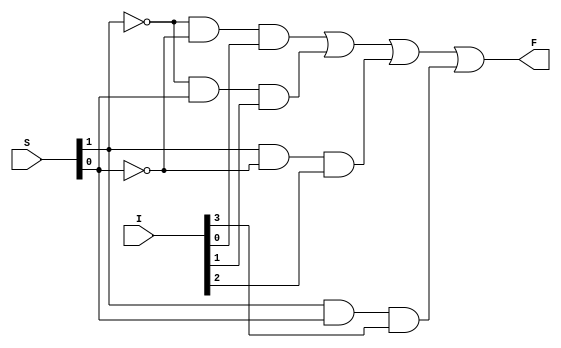
module MUL4_1(I, S, F);

    input [3:0] I;
    input [1:0] S;
    output F;

    assign F = ~S[1] & ~S[0] & I[0] |
                ~S[1] & S[0] & I[1] |
                S[1] & ~S[0] & I[2] |
                S[1] & S[0] & I[3];

endmodule